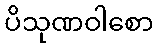
ပိသုဏဝါစော